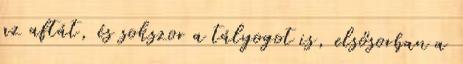
az aftát, és sokszor a tályogot is, elsősorban a